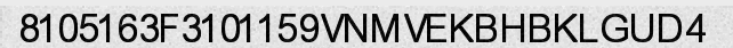
8105163F3101159VNMVEKBHBKLGUD4